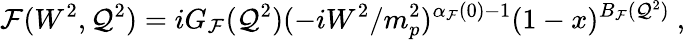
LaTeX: \mathcal{F}(W^{2},\mathcal{Q}^{2})=iG_{\mathcal{F}}(\mathcal{Q}^{2})(-iW^{2}/m_{p}^{2})^{\alpha_{\mathcal{F}}(0)-1}(1-x)^{B_{\mathcal{F}}(\mathcal{Q}^{2})}\ ,